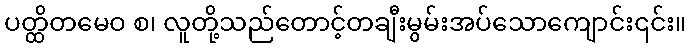
ပတ္ထိတမေဝ စ၊ လူတို့သည်တောင့်တချီးမွမ်းအပ်သောကျောင်း၎င်း။